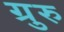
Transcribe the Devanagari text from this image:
ग्रुरु